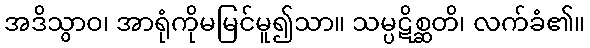
အဒိသွာဝ၊ အာရုံကိုမမြင်မူ၍သာ။ သမ္ပဋိစ္ဆတိ၊ လက်ခံ၏။